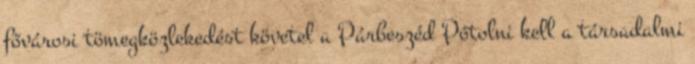
fővárosi tömegközlekedést követel a Párbeszéd Pótolni kell a társadalmi